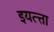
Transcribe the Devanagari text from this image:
इयत्त्ता